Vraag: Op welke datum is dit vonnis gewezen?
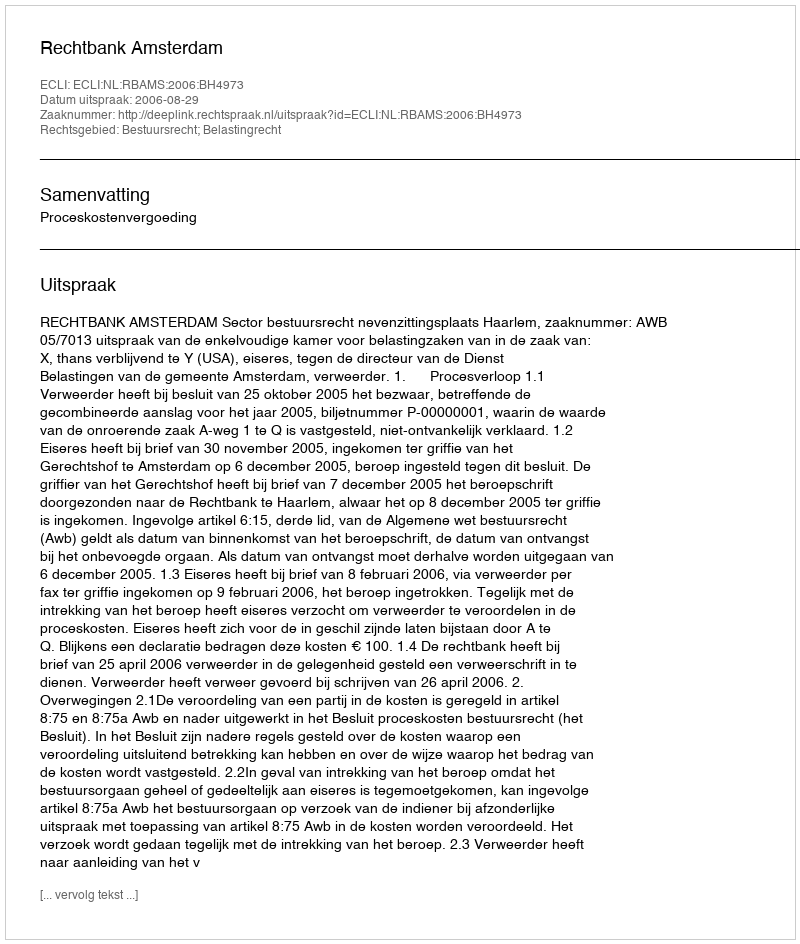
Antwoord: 2006-08-29